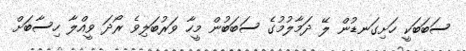
ސަބަބަކީ ހަށިގަނޑުން ލޭ ދަމާލުމުގެ ސަބަބުން މީހާ ވަރުބަލިވެ ރޯދަ ވީއްލާ ހިސާބަށް